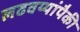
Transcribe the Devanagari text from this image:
लढवय्यांपैकी